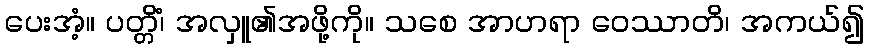
ပေးအံ့။ ပတ္တိံ၊ အလှူ၏အဖို့ကို။ သစေ အာဟရာ ဝေဿာတိ၊ အကယ်၍